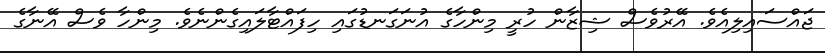
ޖައްސައިލިއެވެ. އޭރުވެސް ޝިޒާން ހުރީ މިންހާގެ އުނަގަނޑުގައި ހިފައްޓާލައިގެންނެވެ. މިންހާ ވެސް އޭނާގެ